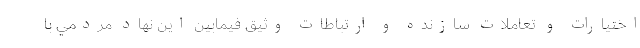
اختيارات و تعاملات سازنده و ارتباطات وثيق فيمابين اين نهاد مردمي با